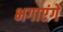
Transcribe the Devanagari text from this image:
भगाएंगे